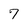
Character: 7